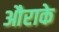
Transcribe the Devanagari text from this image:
औराके